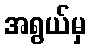
အရွယ်မှ